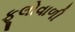
ફૂલોવાળી